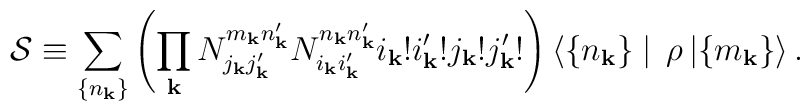
{\cal S} \equiv \sum_{\{ n_{\bf k} \}} \left( \prod_{\bf k} N_{j_{\bf k} j_{\bf k}'}^{m_{\bf k} n_{\bf k}'} N_{i_{\bf k} i_{\bf k}'}^{n_{\bf k} n_{\bf k}'} i_{\bf k} ! i_{\bf k}' ! j_{\bf k} ! j_{\bf k}' ! \right) \langle \{ n_{\bf k} \} \mid \, \rho \, | \{ m_{\bf k} \} \rangle \, .